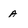
Character: a